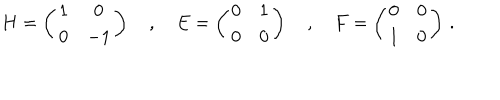
H = \left( \begin{array} { c c } { { 1 } } & { { 0 } } \\ { { 0 } } & { { - 1 } } \\ \end{array} \right) \quad , \quad E = \left( \begin{array} { c c } { { 0 } } & { { 1 } } \\ { { 0 } } & { { 0 } } \\ \end{array} \right) \quad , \quad F = \left( \begin{array} { c c } { { 0 } } & { { 0 } } \\ { { 1 } } & { { 0 } } \\ \end{array} \right) \, .